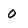
Character: 0